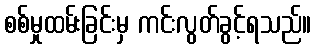
စစ်မှုထမ်းခြင်းမှ ကင်းလွတ်ခွင့်ရသည်။